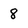
Character: 8